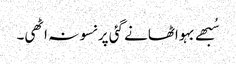
سُبھے بہو اٹھانے گئی پر نسو نہ اٹھی۔